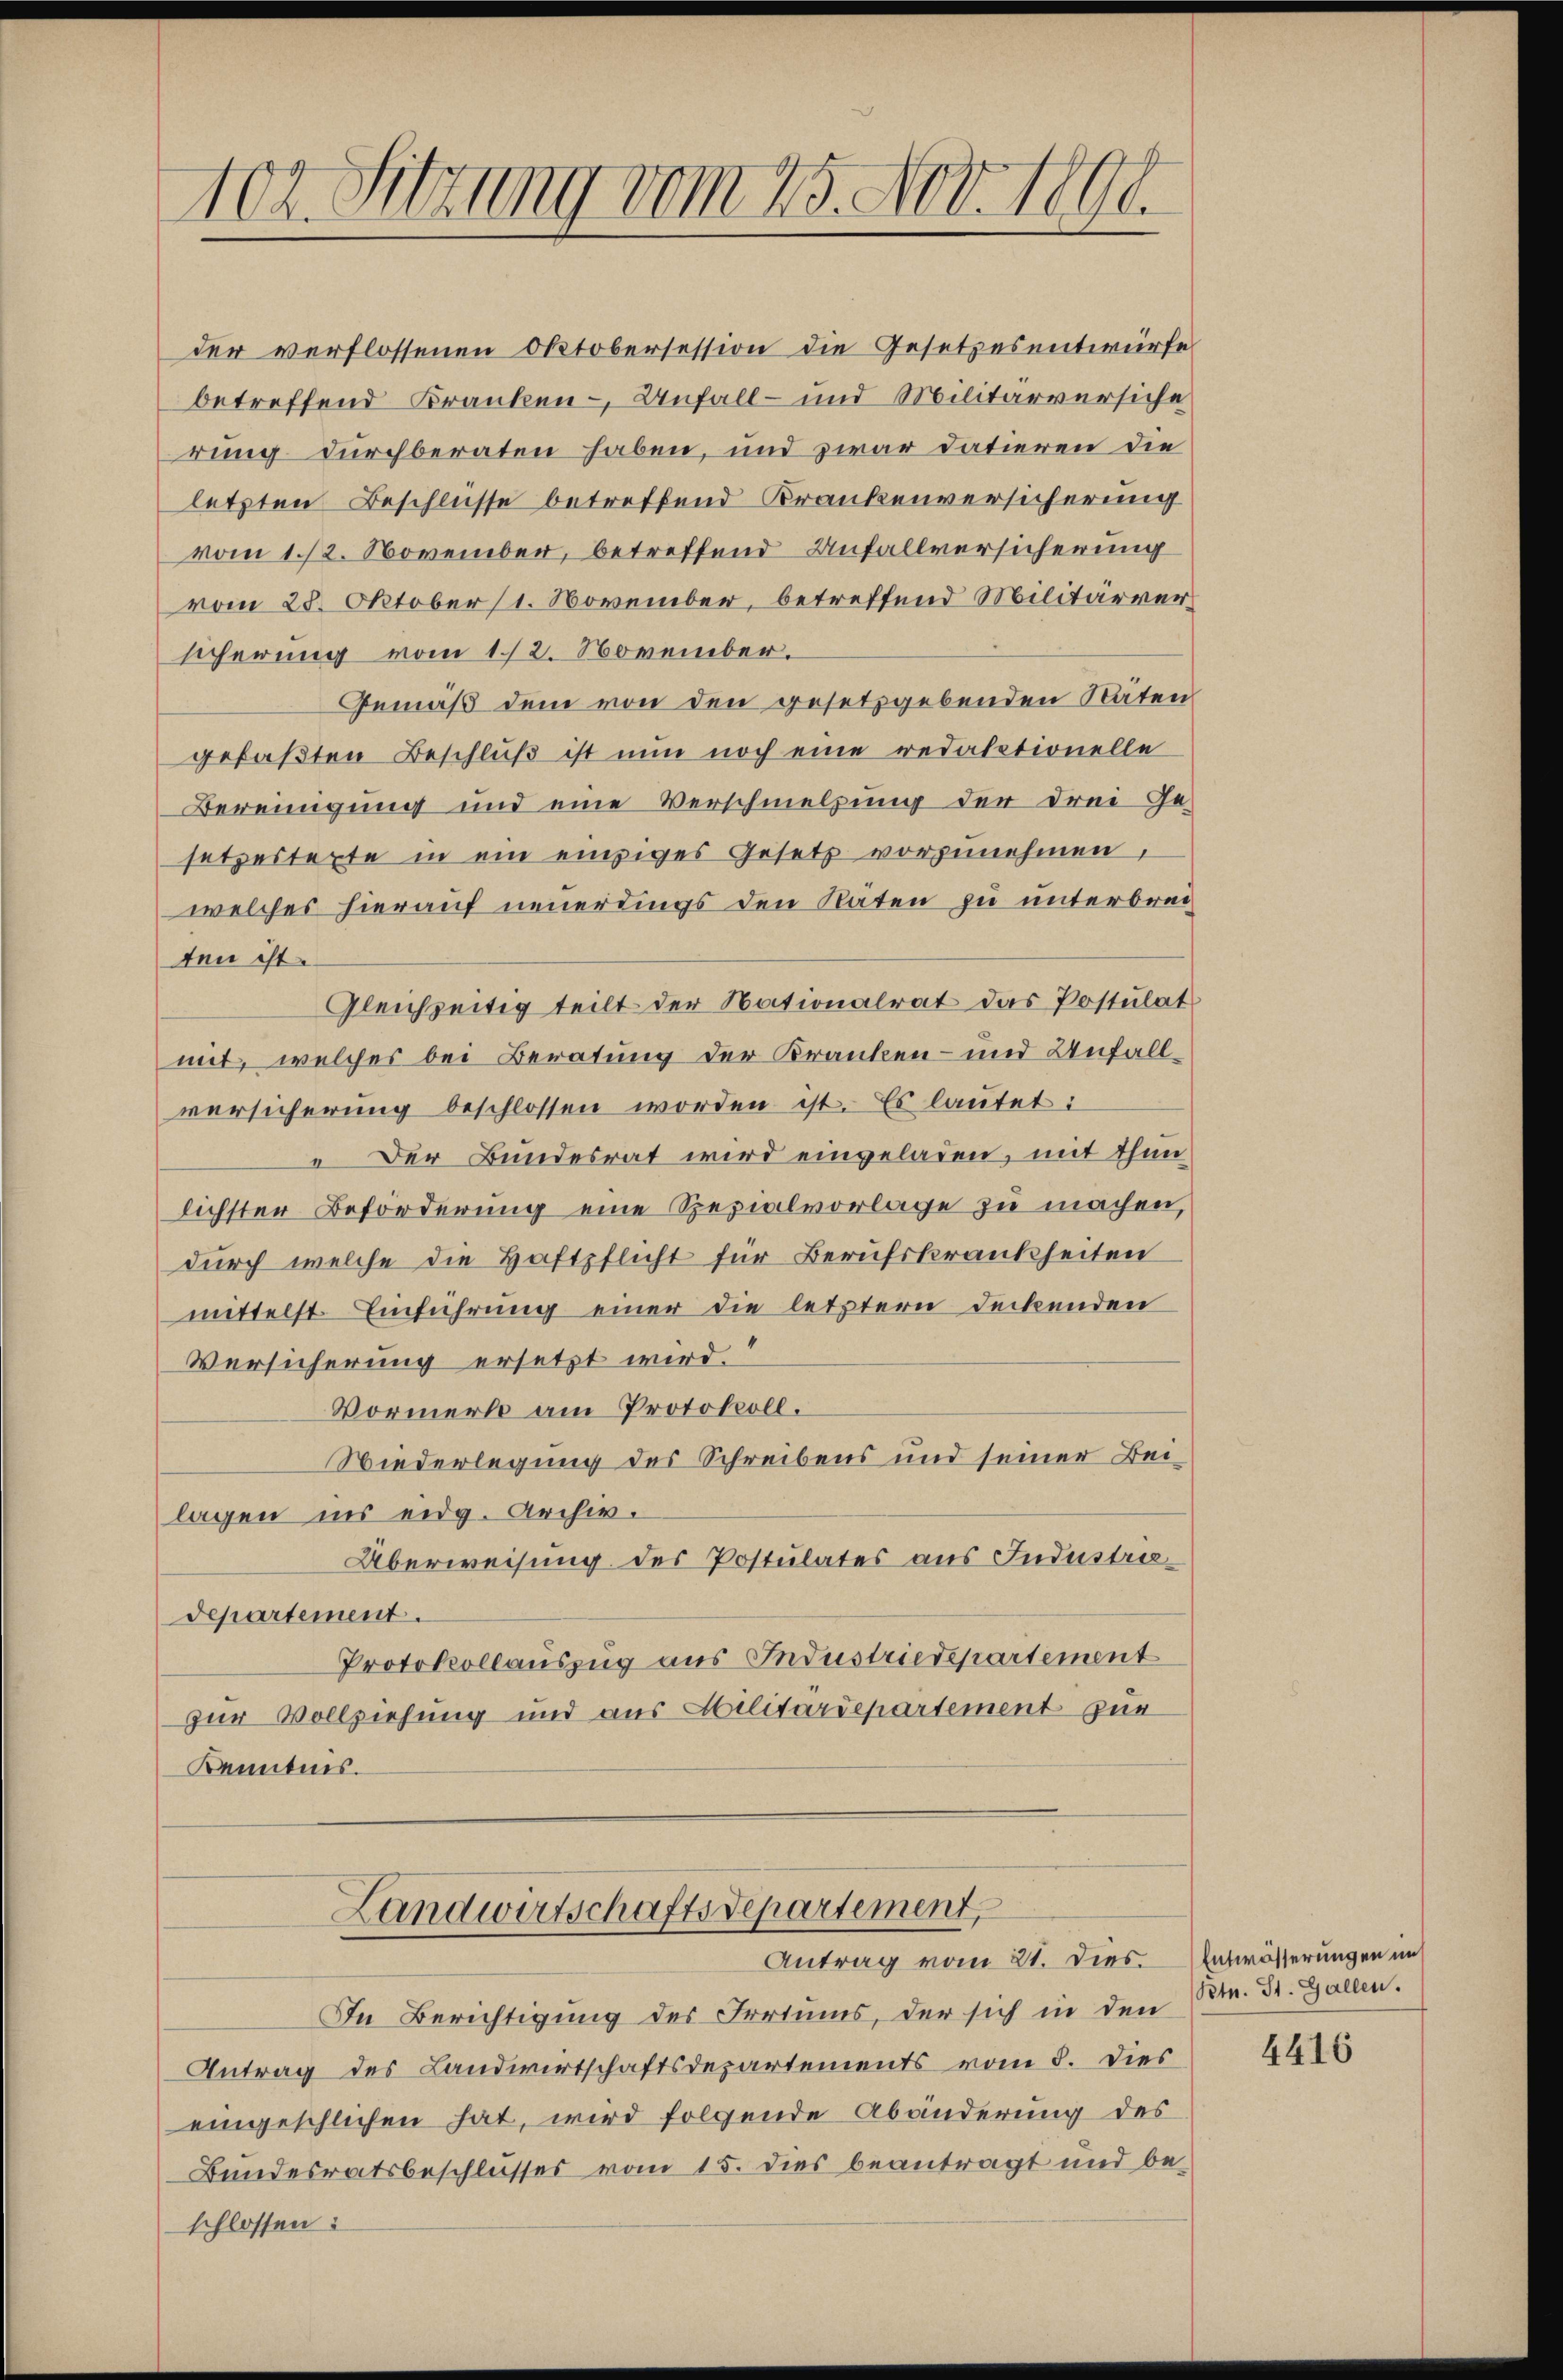
10 Sitzung vom 25. Nov. 1890.

der verflossenen Oktobersession die Gesetzesentwürfe
betreffend Kranken – Unfall- und Militärversiche
rung durchberaten haben, und zwar datieren die
letzten Beschlüsse betreffend Krankenversicherung
vom 1./2. November, betreffend Unfallversicherung
vom 28. Oktober (1. November, betreffend Militärversicherung vom 1./2. November.
Gemäß dem von den gesetzgebenden Stäten
gefaßten Beschluß ist nun noch eine redatationelle
Bereinigung und eine Verschmelzung der drei Ge-
setzestexte in ein einziges Gesetz vorzunehmen,
welches hierauf neuerdings den Räten zu unterbrec
ten ist.
Gleichzeitig teilt der Nationalrat das Postulat
mit, welches bei Beratung der Kranken- und Unfallversicherung beschlossen worden ist. Es lautet:
 Der Bundesrat wird eingeladen, mit thun
lichster Beförderung eine Spezialvorlage zu machen,
durch welche die Haftpflicht für Berufskrankheiten
mittelst Einführung einer die letztern Deckenden
Versicherung ersetzt wird.“
Vormerk am Protokoll.
Wiederlegung des Schreibens und seiner Bei-
lagen ins eidg. Archiv.
Überweisung des Postulates aus Industriedepartement.
Protokollauszug aus Industriedepartement
zur Vollziehung und aus Militärdepartement zur
Kenntnis.

Landwirtschaftsdepartement,
Antrag vom 21. dies. Entwässerungen im

In Berichtigung des Irrtums, der sich in den
Antrag des Landwirtschaftsdepartements vom 8. Dies
eingeschlichen hat, wird folgende Abänderung des
Bundesratsbeschlusses vom 15. dies beantragt und be-
schlossen:

Petn. St. Gallen.

4416